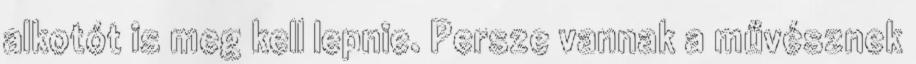
alkotót is meg kell lepnie. Persze vannak a művésznek